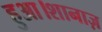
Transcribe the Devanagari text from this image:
हुआ।शानाज़